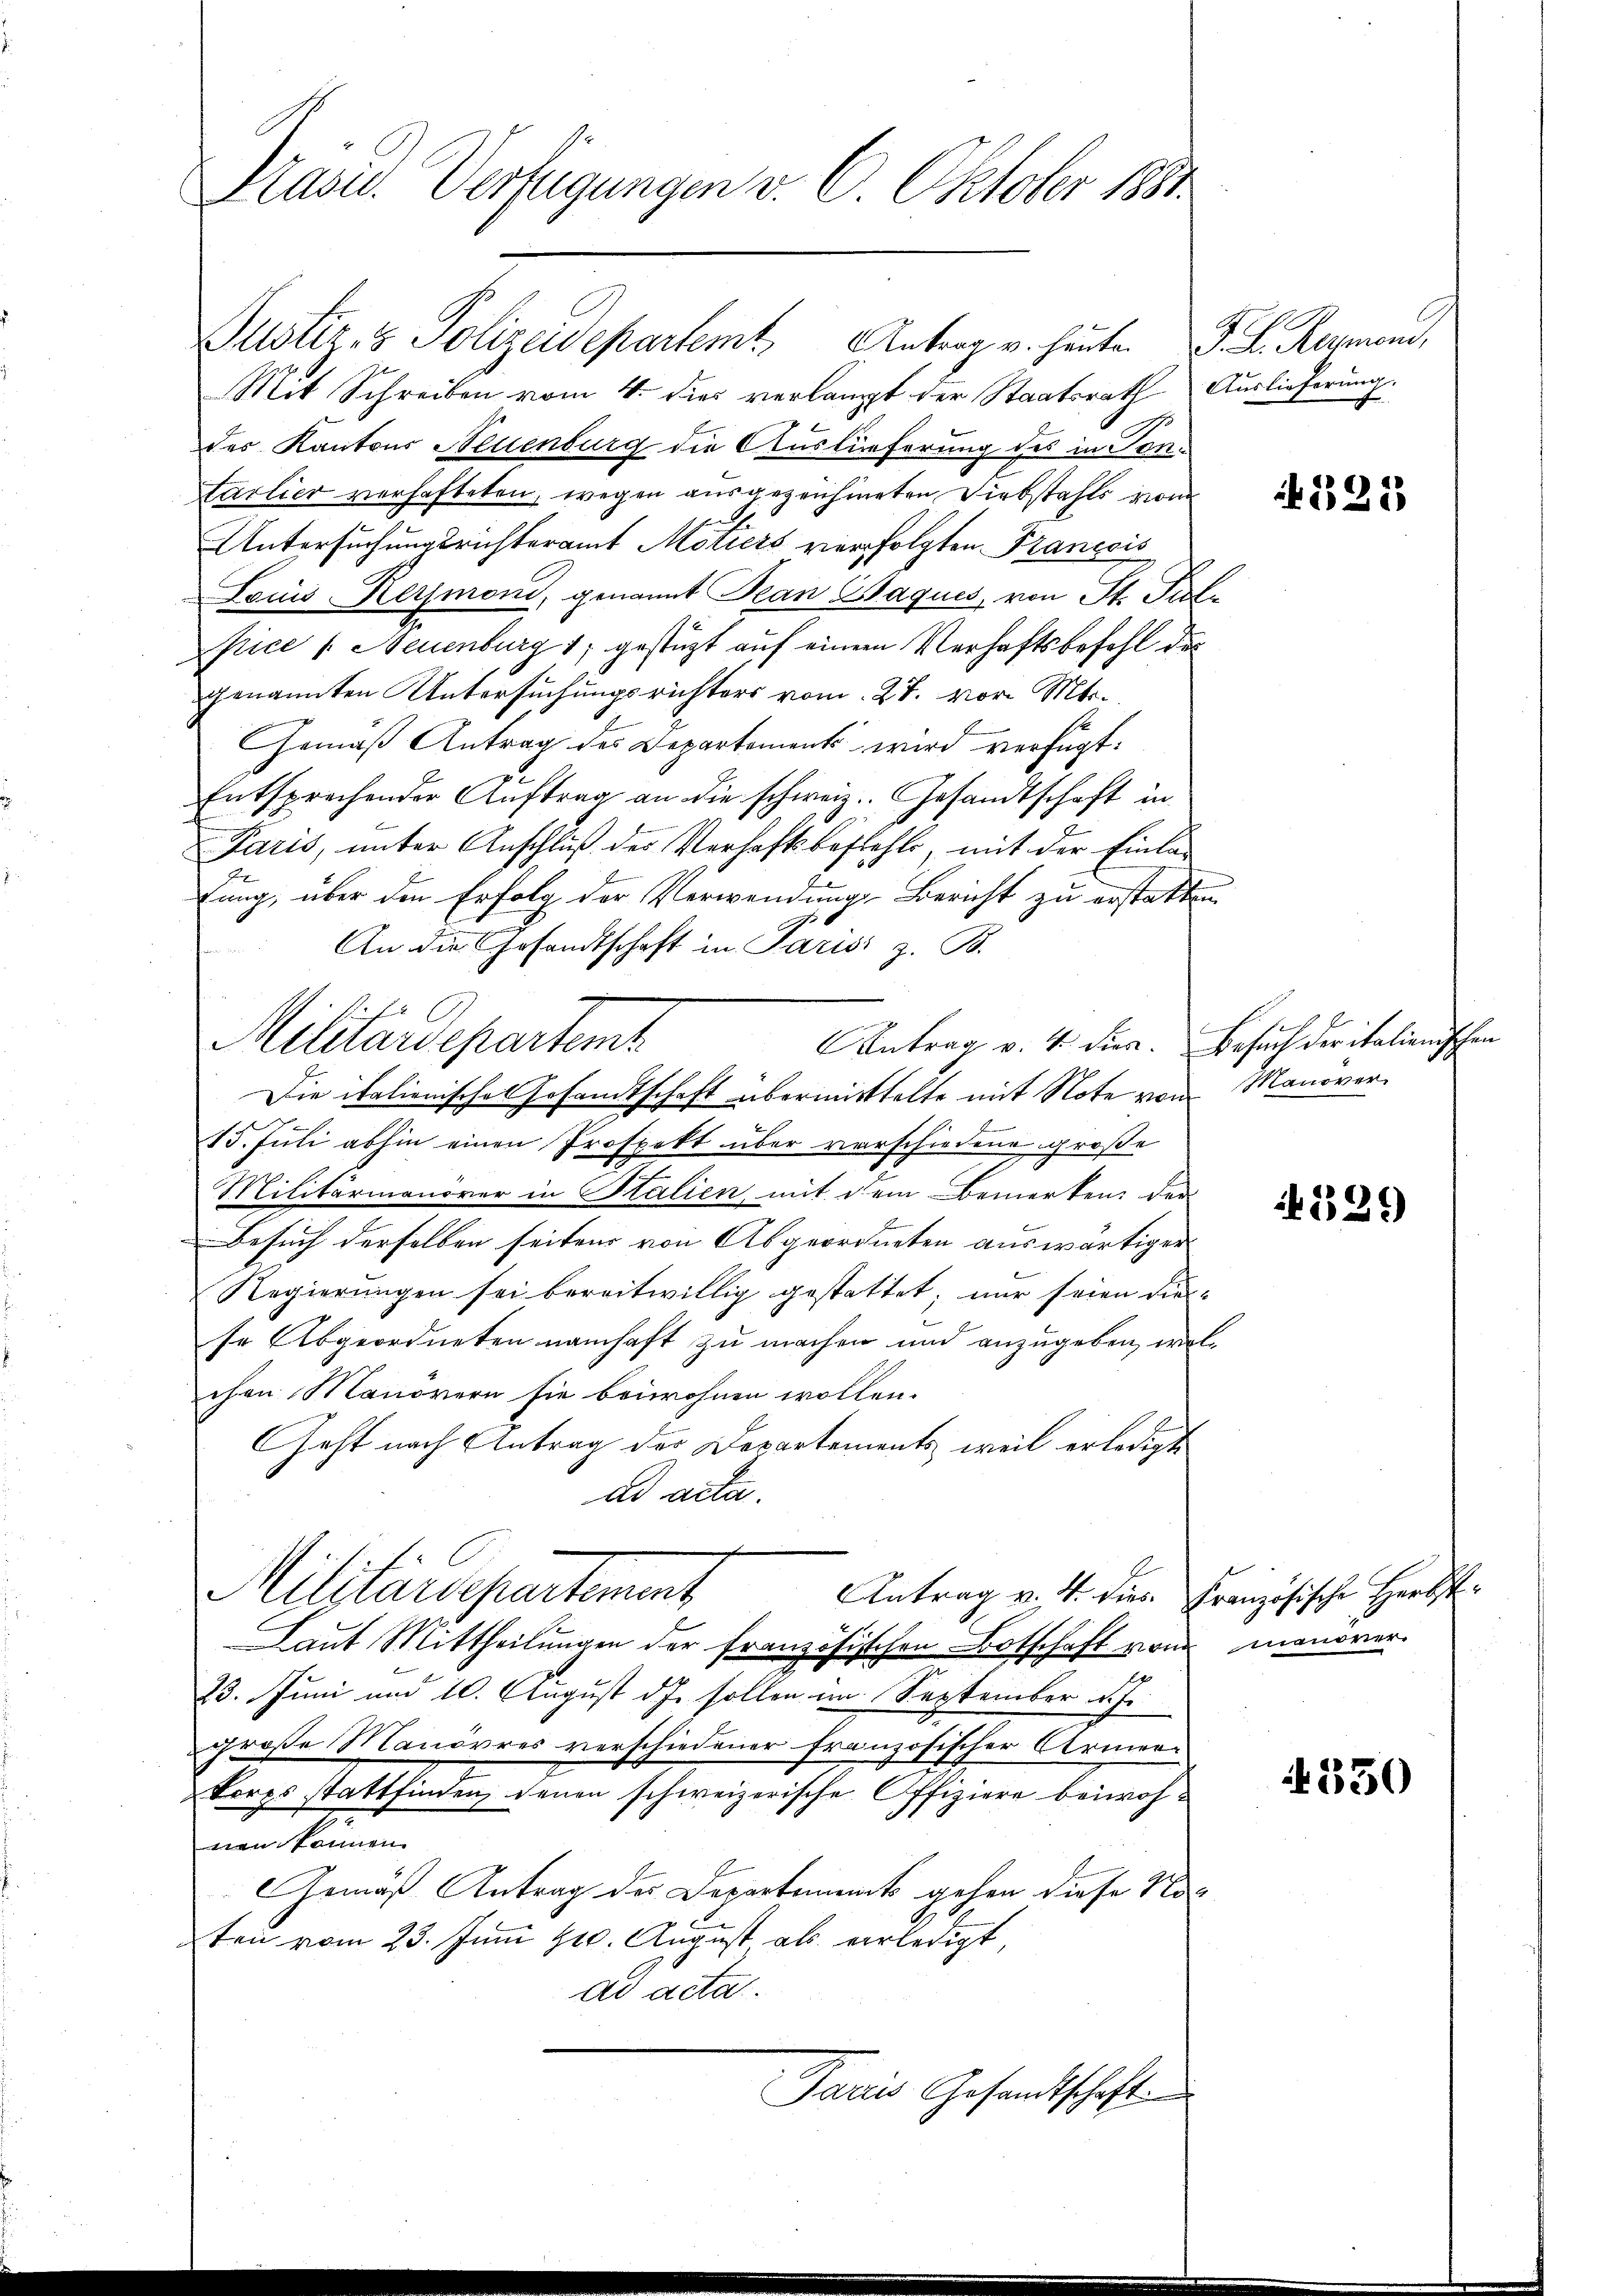
Präsid. Verfügungen v. 6. Oktober 1881

Justiz- & Polizeidepartemt Antrag v. heute. F. L. Reymond,
Mit Schreiben vom 4. dies verlangt der Staatsrath Auslieferung.
des Kantons Neuenburg die Auslieferung des in Sontarlier verhafteten, wegen ausgezeichneten Diebstahls vom
Untersuchungsrichteramt Mötiers verfolgten Francis
Lois Kermond, genannt Pean Paques, von St. Pietpice /: Neuenburg 17 gestützt auf einem Verhaftsbefehl des
genannten Untersuchungsrichters vom 27. vor. Mts.,
Gemäß Antrag des Departements wird verfügt:
Entsprechender Auftrag an die schweiz. Gesandtschaft in
Paris, unter Anschluß des Verhaftsbefehls mit der Einla-
tung, über den Erfolg der Verwendungs-Bericht zu erstatten
An die Gesandtschaft in Parisi z. B.
Antrag v. 4. dies. Besuch der italienischen
Militärdepartemt
Die italienisches Gesandtschaft übermitthalte mit Note vom Manöver¬
15. Juli abhin einen Prospekt über vorschiedene große
Militärmanöver in Stalien, mit dem Bemerken der
Besuch derselben seitens von Abgeordneten auswärtiger
Regierungen sei bereitwillig gestattet; nur seien diese Abgeordneten namhaft zu machen und anzugeben, welchen Manövern sie beiwohnen wollen.
Geht nach Antrag der Departements, weil erledigt
ad acta.
Militärdepartement
Antrag v. 4. dies Französische Herbst¬
Laut Mittheilungen der französischen Botschaft von manover
23. Juni und 10. August d.J. sollen im September d.J.
große Manövres verschiedener französischer Armenkorps stattfinden, denen schweizerische Offiziere beiwohnen können.
Gemäß Antrag der Departements gehen diese No¬
2ten vom 23. Juni Hr. August als verledigt,
ad acta.
Paris Gesandtschaft

N 325

229

350